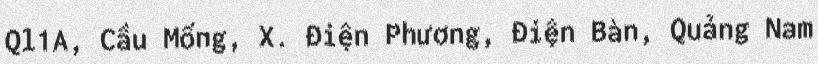
Ql1A, Cầu Mống, X. Điện Phương, Điện Bàn, Quảng Nam